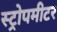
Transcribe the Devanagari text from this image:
स्ट्रोपमीटर